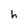
Character: h